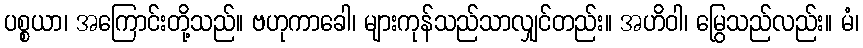
ပစ္စယာ၊ အကြောင်းတို့သည်။ ဗဟုကာခေါ၊ များကုန်သည်သာလျှင်တည်း။ အဟိဝါ၊ မြွေသည်လည်း။ မံ၊